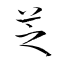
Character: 芝